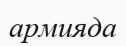
армияда